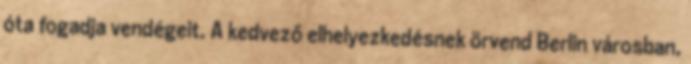
óta fogadja vendégeit. A kedvező elhelyezkedésnek örvend Berlin városban,